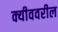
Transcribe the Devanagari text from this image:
क्यीववरील